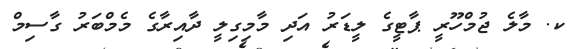
ކ. މާލެ ޖުމްހޫރީ ޕާޓީގެ ލީޑަރު އަދި މާމިގިލީ ދާއިރާގެ މެމްބަރު ގާސިމް